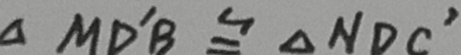
\Delta M D ^ { \prime } B \cong \Delta N D C ^ { \prime }